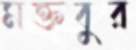
মক্তবুর